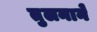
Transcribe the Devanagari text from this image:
तुलनाने